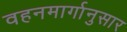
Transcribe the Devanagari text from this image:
वहनमार्गानुसार